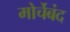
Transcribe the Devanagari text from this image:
मोर्चेबंद